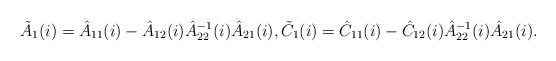
LaTeX: \begin{align*}\tilde A_1(i)=\hat A_{11}(i)-\hat A_{12}(i)\hat A_{22}^{-1}(i)\hat A_{21}(i), \tilde C_1(i)=\hat C_{11}(i)-\hat C_{12}(i)\hat A_{22}^{-1}(i)\hat A_{21}(i).\end{align*}